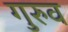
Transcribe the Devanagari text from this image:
गुरुव